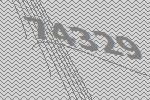
74329